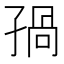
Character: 𡥾